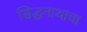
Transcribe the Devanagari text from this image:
सिद्धनाथाचा